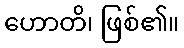
ဟောတိ၊ ဖြစ်၏။